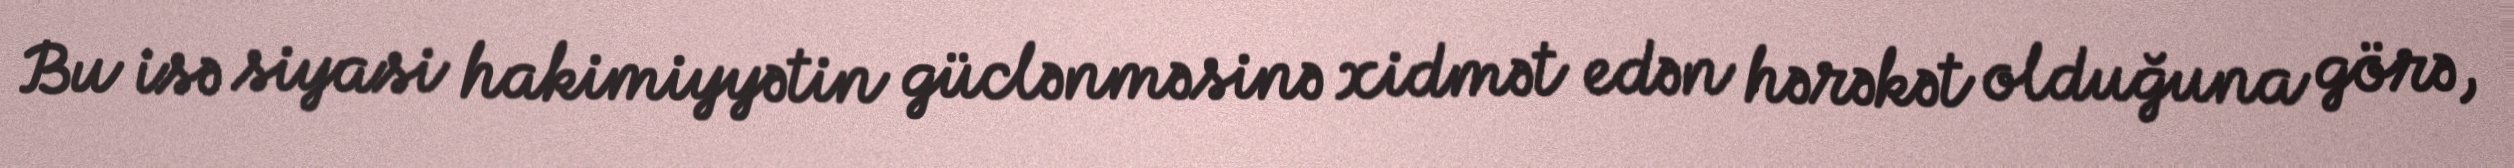
Bu isə siyasi hakimiyyətin güclənməsinə xidmət edən hərəkət olduğuna görə,